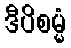
ဒီပိစမ္မံ